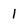
Character: l